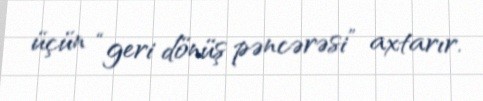
üçün “geri dönüş pəncərəsi” axtarır.